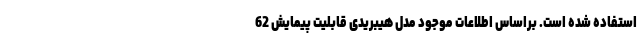
استفاده شده است. براساس اطلاعات موجود مدل هیبریدی قابلیت پیمایش 62